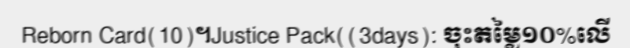
Reborn Card(10)។Justice Pack((3days): ចុះតម្លៃ១០%លើ